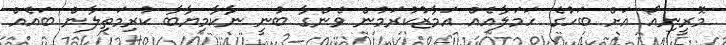
މޮރީނިއޯ އަށް ބަހުގެ ހަމަލާއެއް އަމާޒުކުރަމުން ވެންގާ ބުނީ ނާކާމިޔާބާ ކުރިމަތިލާން ބައެއް